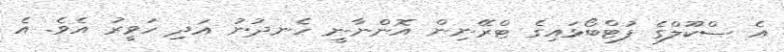
އެ ސްކޫލްގެ ފުޓްބޯޅައިގެ ޓްރޭނިން އޮންނާނީ ހެނދުނު އަދި ހަވީރު އެވެ. އެ